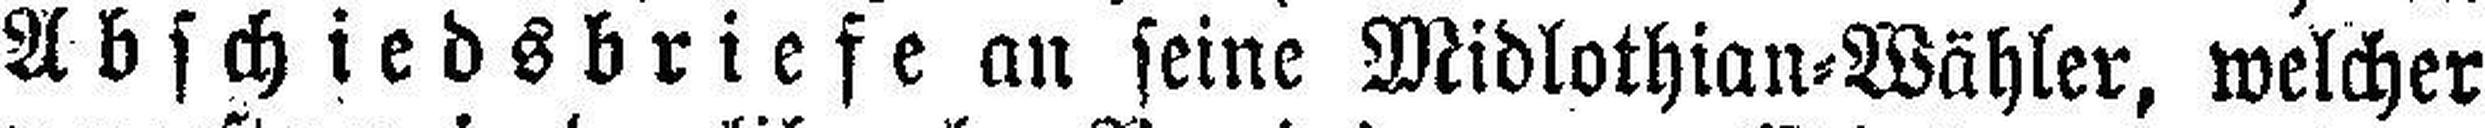
Abschiedsbriefe an seine Midlothian=Wähler, welcher